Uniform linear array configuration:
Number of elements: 32
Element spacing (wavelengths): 1
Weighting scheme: cosine
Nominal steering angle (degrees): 15
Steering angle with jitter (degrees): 14.891
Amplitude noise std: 0.05
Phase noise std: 0.05

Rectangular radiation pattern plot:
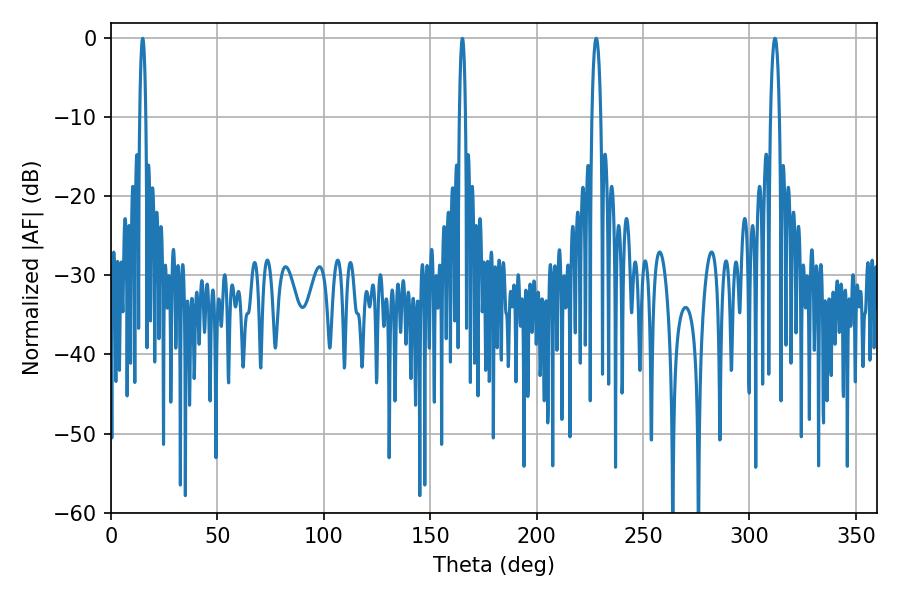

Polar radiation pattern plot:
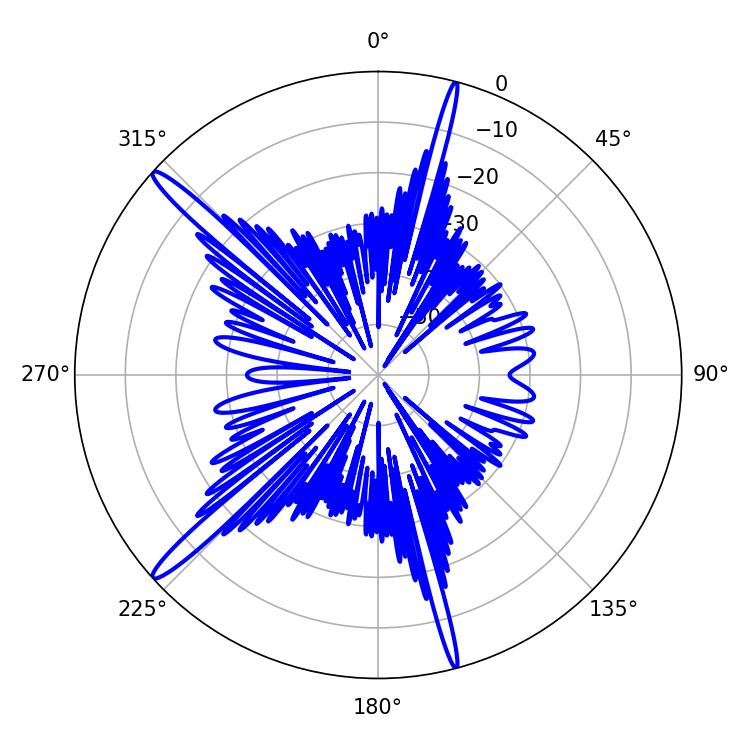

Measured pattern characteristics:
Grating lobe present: TRUE
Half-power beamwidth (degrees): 2.34
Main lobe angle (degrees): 311.94